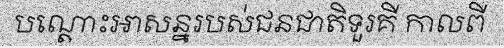
បណ្តោះអាសន្នរបស់ជនជាតិទួរគី កាលពី